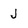
Character: J